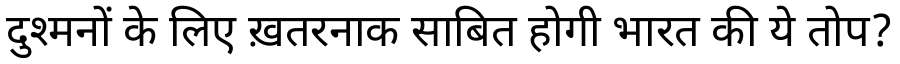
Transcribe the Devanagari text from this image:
दुश्मनों के लिए ख़तरनाक साबित होगी भारत की ये तोप?